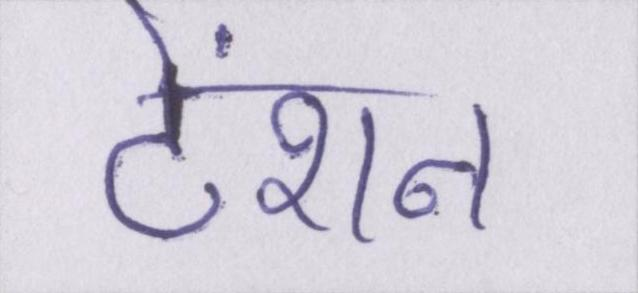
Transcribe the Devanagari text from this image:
टेंशन